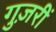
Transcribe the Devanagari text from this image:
गुज़रीं